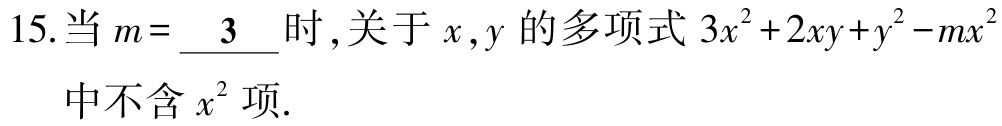
15.当 \(m = \underline{3}\) 时，关于 \(x,y\) 的多项式 \(3x^{2}+2xy + y^{2}-mx^{2}\) 中不含 \(x^{2}\) 项.